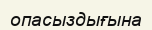
опасыздығына